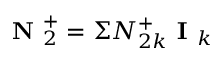
\textbf { N } _ { 2 } ^ { + } = \Sigma N _ { 2 k } ^ { + } \textbf { I } _ { k }